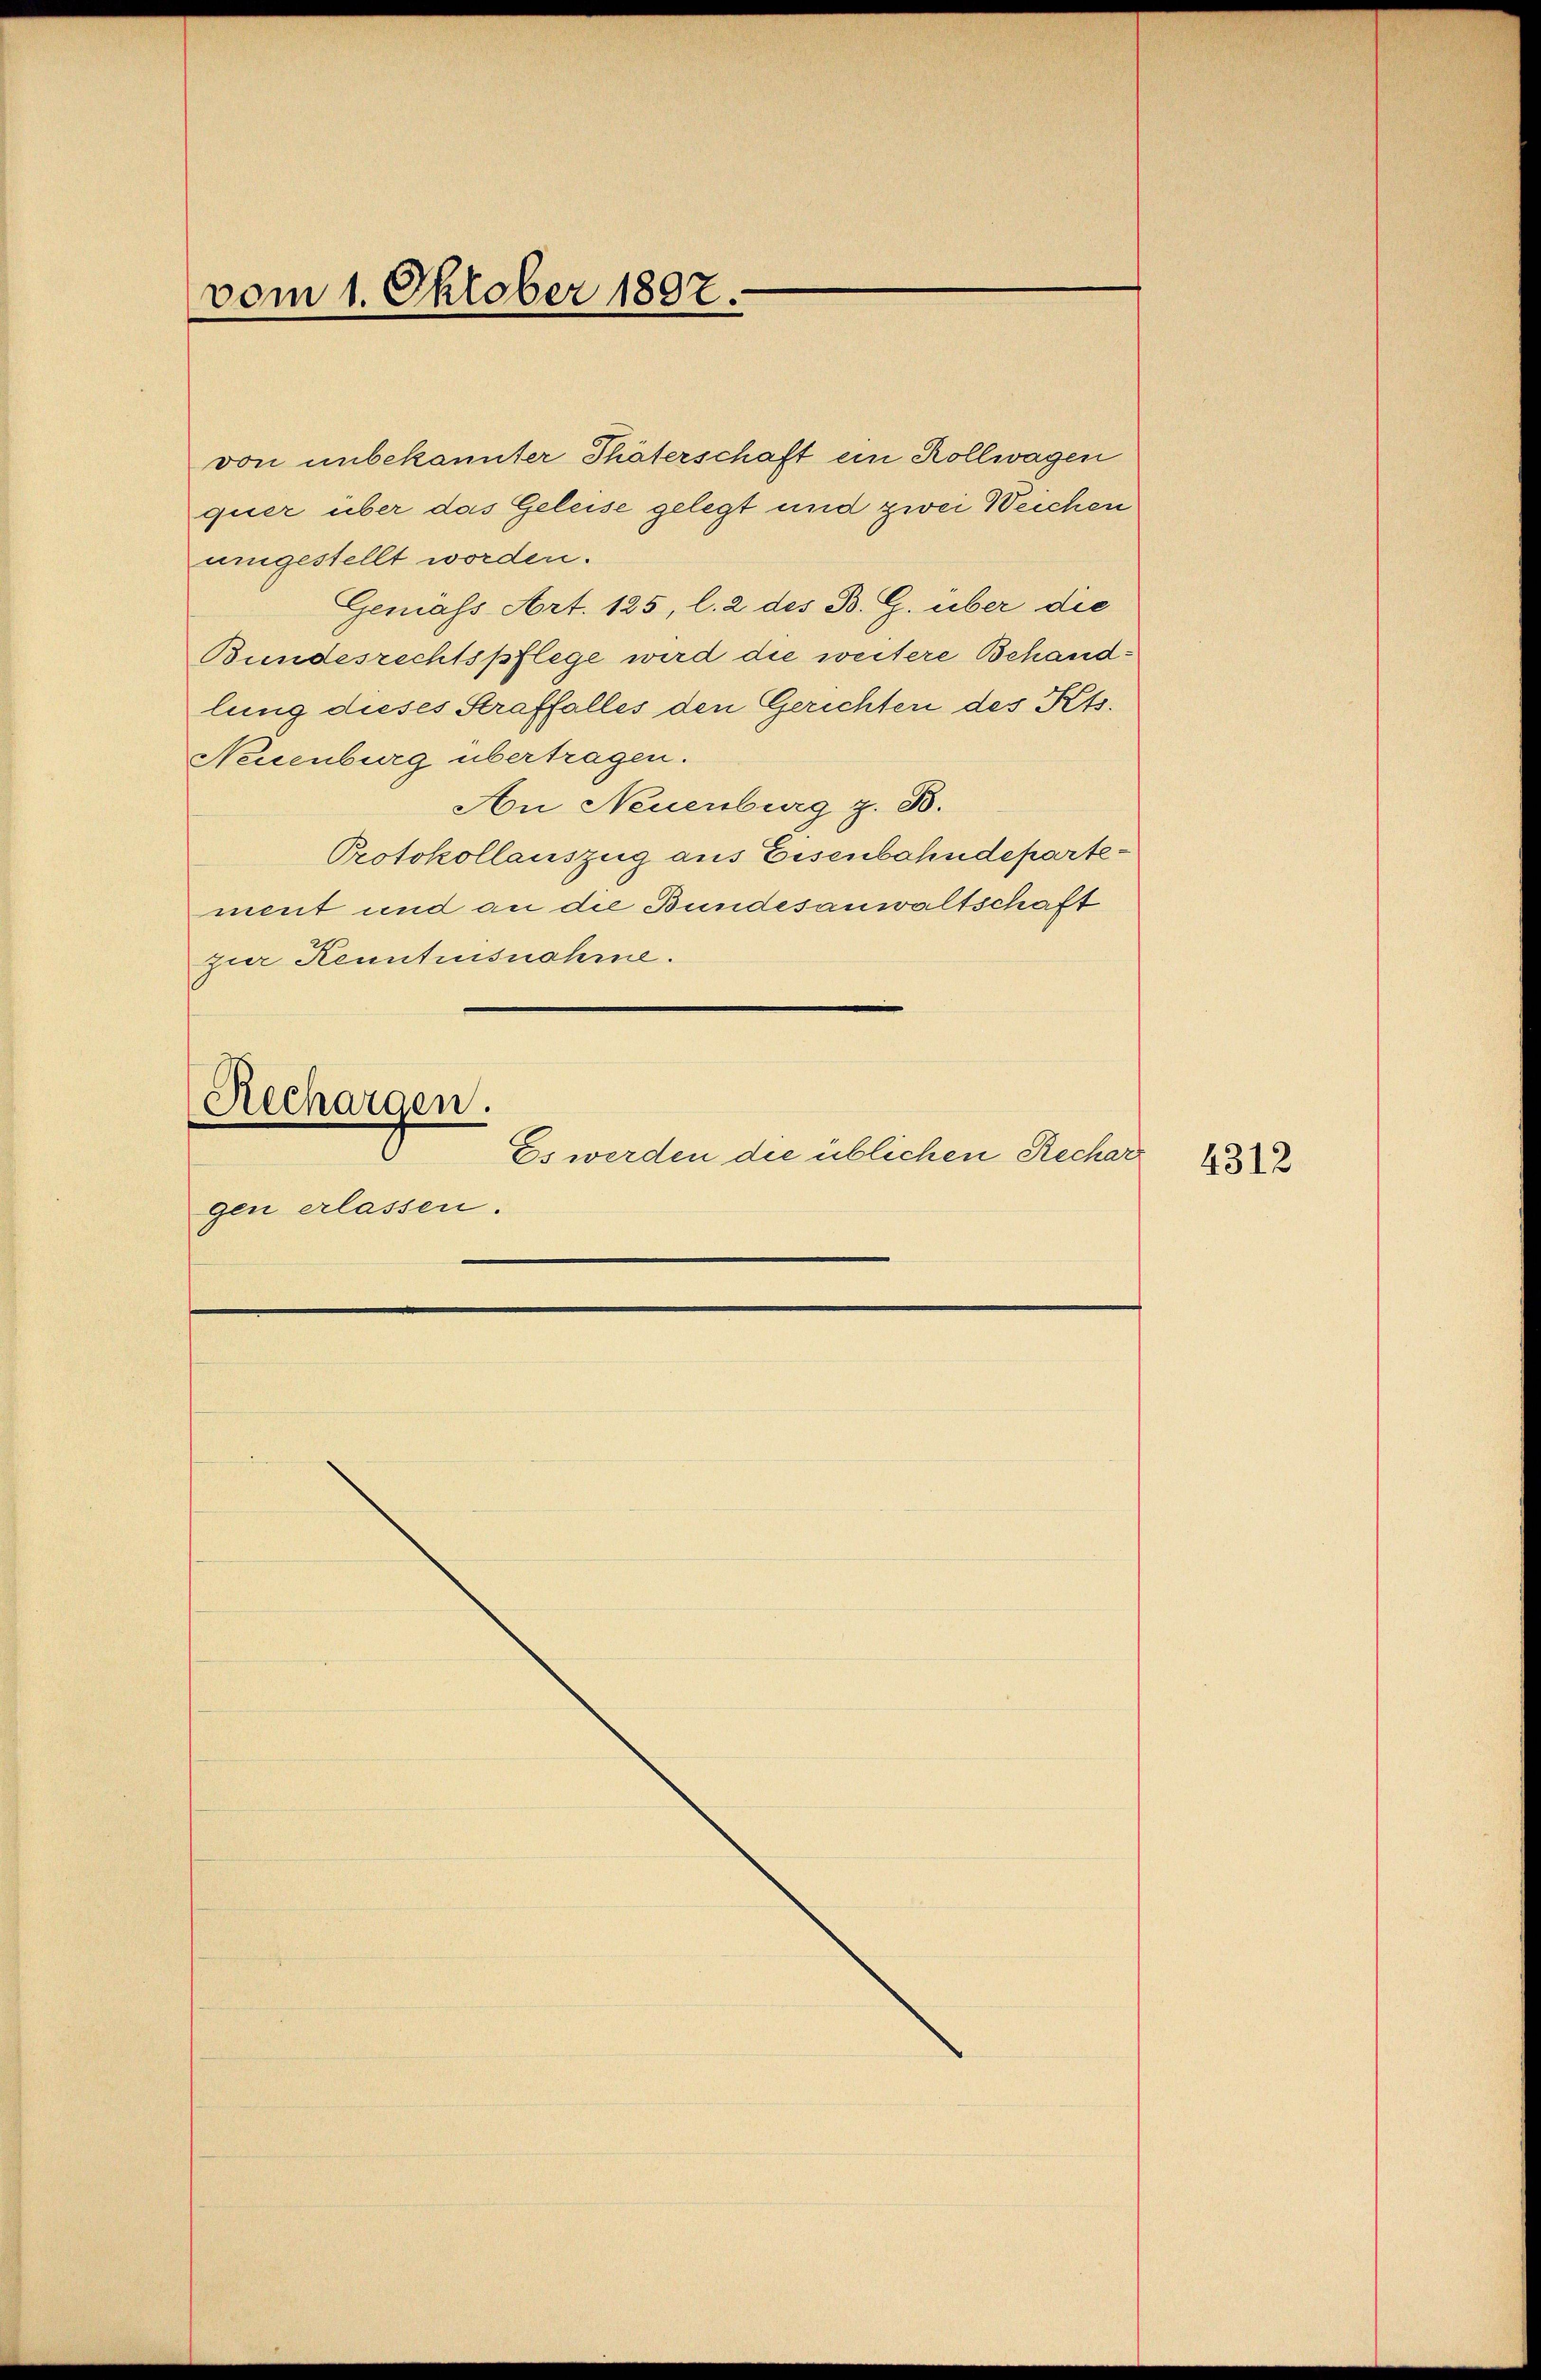
von unbekannter Thäterschaft ein Rollwagen
quer über das Geleise gelegt und zwei Weichen
umgestellt worden.
Gemäss Art. 125, l. 2 des B. G. über die
Bundesrechtspflege wird die weitere Behandlung dieses Straffalles den Gerichten des Kts.
Neuenburg übertragen.
An Neuenburg z. B.
Protokollauszug aus Eisenbahndepartement und an die Bundesanwaltschaft
zur Kenntnisnahme.
Rechargen.
Es werden die üblichen Rechar
gen erlassen.

vom 1. Oktober 1892.

4312